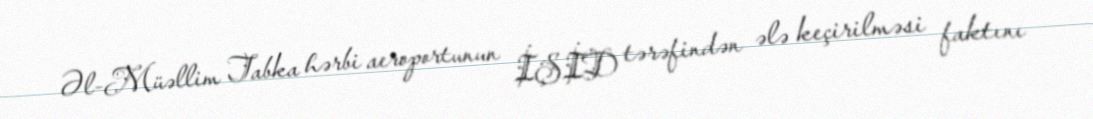
Əl-Müəllim Tabka hərbi aeroportunun İŞİD tərəfindən ələ keçirilməsi faktını